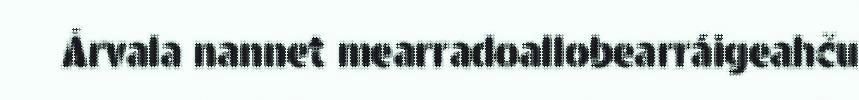
Árvala nannet mearradoallobearráigeahču